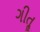
ગીતૢ